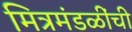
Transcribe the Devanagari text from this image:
मित्रमंडळींची